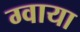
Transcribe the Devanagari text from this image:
ग्वाया